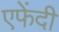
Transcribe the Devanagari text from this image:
एफेंदी